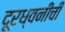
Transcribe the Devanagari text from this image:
दूरध्वनींची